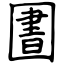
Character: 圕